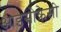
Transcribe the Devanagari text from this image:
आइसोक्रेसी